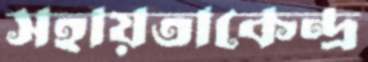
সহায়তাকেন্দ্র